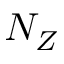
N _ { Z }